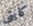
كايتي